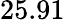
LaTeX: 25.91